Enquiry on enteric fever in India - Number 32
Disease focus: Fever
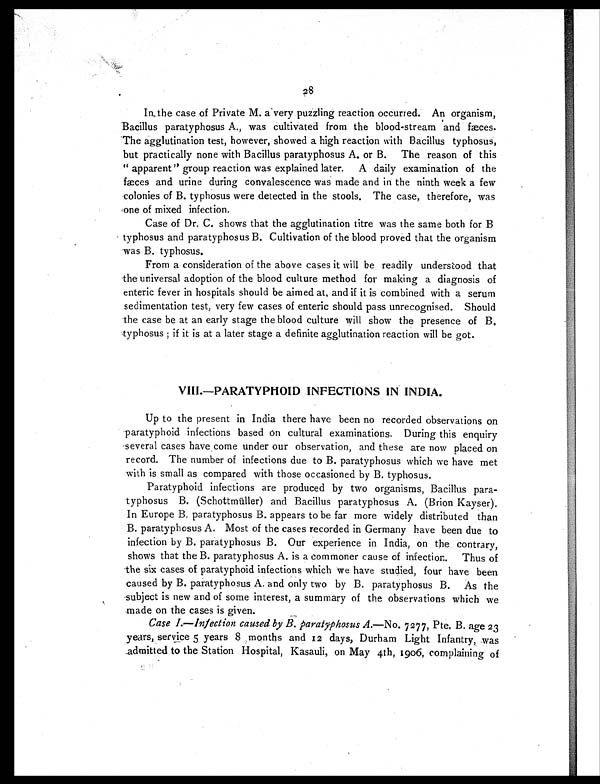
In the case of Private M. a very puzzling reaction occurred. An organism,
Bacillus paratyphosus A., was cultivated from the blood-stream and fæces.
The agglutination test, however, showed a high reaction with Bacillus typhosus,
but practically none with Bacillus paratyphosus A. or B. The reason of this
" apparent" group reaction was explained later. A daily examination of the
fæces and urine during convalescence was made and in the ninth week a few
colonies of B. typhosus were detected in the stools. The case, therefore, was
cone of mixed infection.
Case of Dr. C. shows that the agglutination titre was the same both for B
typhosus and paratyphosus B. Cultivation of the blood proved that the organism
was B. typhosus.
From a consideration of the above cases it will be readily understood that
the universal adoption of the blood culture method for making a diagnosis of
enteric fever in hospitals should be aimed at, and if it is combined with a serum
sedimentation test, very few cases of enteric should pass unrecognised. Should
the case be at an early stage the blood culture will show the presence of B.
typhosus ; if it is at a later stage a definite agglutination reaction will be got.
VIII.—PARATYPHOID INFECTIONS IN INDIA.
Up to the present in India there have been no recorded observations on
paratyphoid infections based on cultural examinations. During this enquiry
-several cases have come under our observation, and these are now placed on
record. The number of infections due to B. paratyphosus which we have met
with is small as compared with those occasioned by B. typhosus.
Paratyphoid infections are produced by two organisms, Bacillus para-
typhosus B. (Schottmüller) and Bacillus paratyphosus A. (Brion Kayser).
In Europe B. paratyphosus B. appears to be far more widely distributed than
B. paratyphosus A. Most of the cases recorded in Germany have been due to
infection by B. paratyphosus B. Our experience in India, on the contrary,
shows that the B. paratyphosus A. is a commoner cause of infection. Thus of
the six cases of paratyphoid infections which we have studied, four have been
caused by B. paratyphosus A. and only two by B. paratyphosus B. As the
subject is new and of some interest, a summary of the observations which we
made on the cases is given.
Case 1.—Infection caused by B. paratyphosus A.—No. 7277, Pte. B. age 23
years, service 5 years 8 months and 1 2 days, Durham Light Infantry, was
admitted to the Station Hospital, Kasauli, on May 4th, 1906, complaining of